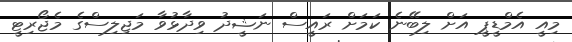
މިއީ އެމްޑީޕީ އަށް ލިބޭނެ ކަމަށް ރައީސް ނަޝީދު ވިދާޅުވާ މަޖިލިސްގެ މެޖޯރިޓީ